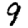
Digit: 9